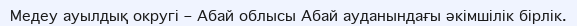
Медеу ауылдық округі – Абай облысы Абай ауданындағы әкімшілік бірлік.